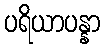
ပရိယာပန္နာ